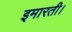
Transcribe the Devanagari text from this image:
इमारती।